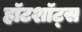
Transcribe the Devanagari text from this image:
हॉटशॉट्स